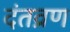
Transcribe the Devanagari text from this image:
दंतव्रण